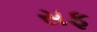
સફ